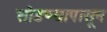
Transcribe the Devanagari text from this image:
सोडण्यापासून